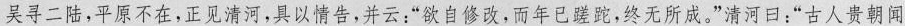
吴寻二陆，平原不在，正见清河，具以情告，并云：”欲自修改，而年已蹉跎，终无所成。”清河口：”古人贵朝闻